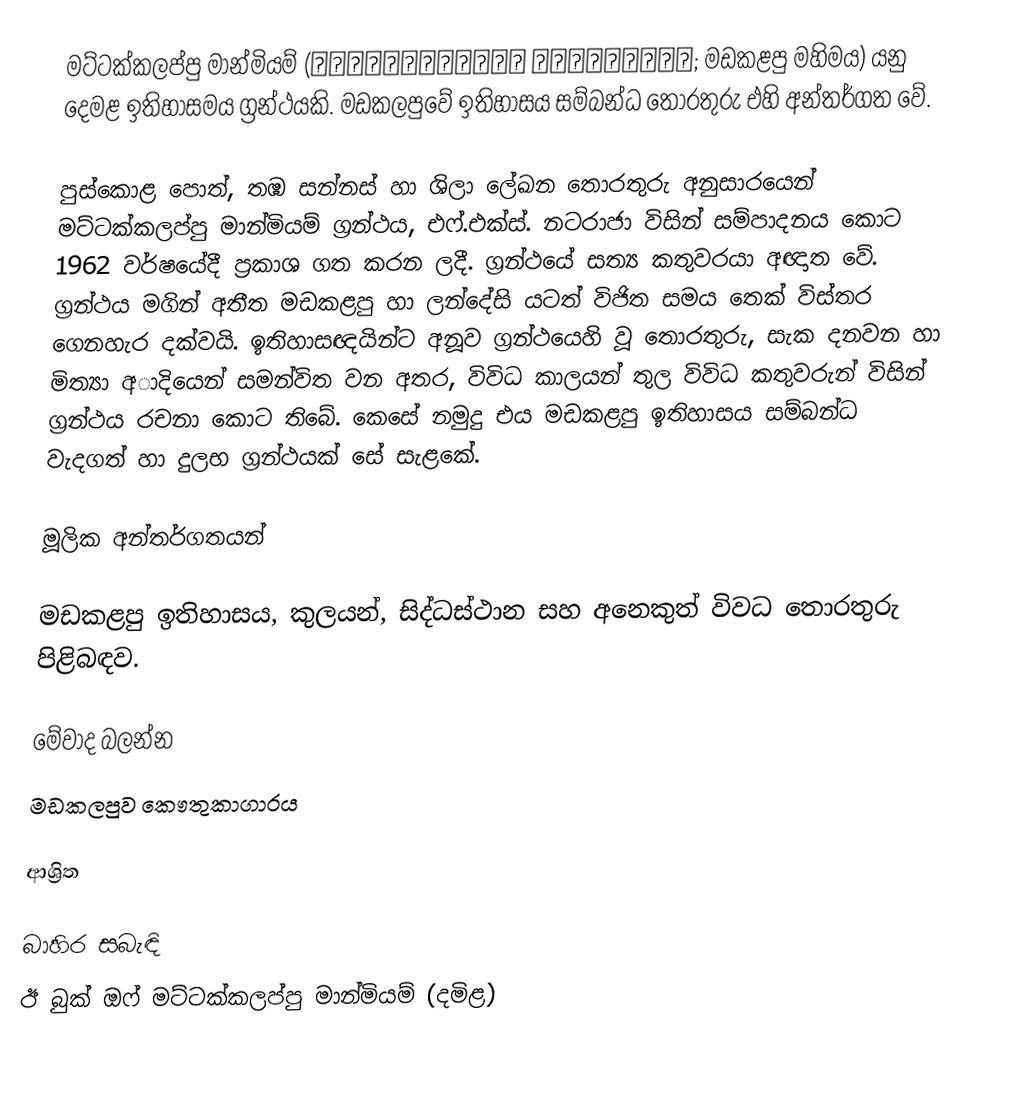
මට්ටක්කලප්පු මාන්මියම් (மட்டக்களப்பு மான்மியம்; මඩකළපු මහිමය) යනු දෙමළ ඉතිහාසමය ග්‍රන්ථයකි. මඩකලපුවේ ඉතිහාසය සම්බන්ධ තොරතුරු එහි අන්තර්ගත වේ.

පුස්කොළ පොත්, තඹ සන්නස් හා ශිලා ලේඛන තොරතුරු අනුසාරයෙන් මට්ටක්කලප්පු මාන්මියම් ග්‍රන්ථය, එෆ්.එක්ස්. නටරාජා විසින් සම්පාදනය කොට 1962 වර්ෂයේදී ප්‍රකාශ ගත කරන ලදී. ග්‍රන්ථයේ සත්‍ය කතුවරයා අඥාත වේ. ග්‍රන්ථය මගින් අතීත මඩකළපු හා ලන්දේසි යටත් විජිත සමය තෙක් විස්තර ගෙනහැර දක්වයි. ඉතිහාසඥයින්ට අනූව ග්‍රන්ථයෙහි වූ තොරතුරු, සැක දනවන හා මිත්‍යා අාදියෙන් සමන්විත වන අතර, විවිධ කාලයන් තුල විවිධ කතුවරුන් විසින් ග්‍රන්ථය රචනා කොට තිබේ. කෙසේ නමුදු එය මඩකළපු ඉතිහාසය සම්බන්ධ වැදගත් හා දුලභ ග්‍රන්ථයක් සේ සැළකේ.

මූලික අන්තර්ගතයන්

මඩකළපු ඉතිහාසය, කුලයන්, සිද්ධස්ථාන සහ අනෙකුත් විවධ තොරතුරු පිළිබඳව.

මේවාද බලන්න
 මඩකලපුව කෞතුකාගාරය

ආශ්‍රිත

බාහිර සබැඳි
  ඊ බුක් ඔෆ් මට්ටක්කලප්පු මාන්මියම් (දමිළ)